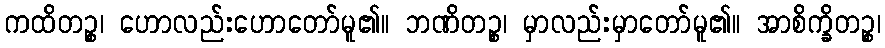
ကထိတဉ္စ၊ ဟောလည်းဟောတော်မူ၏။ ဘဏိတဉ္စ၊ မှာလည်းမှာတော်မူ၏။ အာစိက္ခိတဉ္စ၊